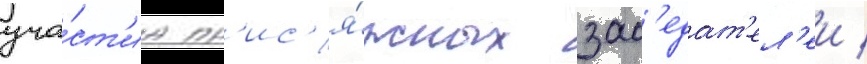
уча́ст'иа пр'ис'я́жных зас'едат'ел'еи /